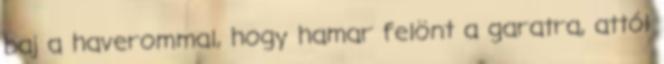
baj a haverommal, hogy hamar felönt a garatra, attól